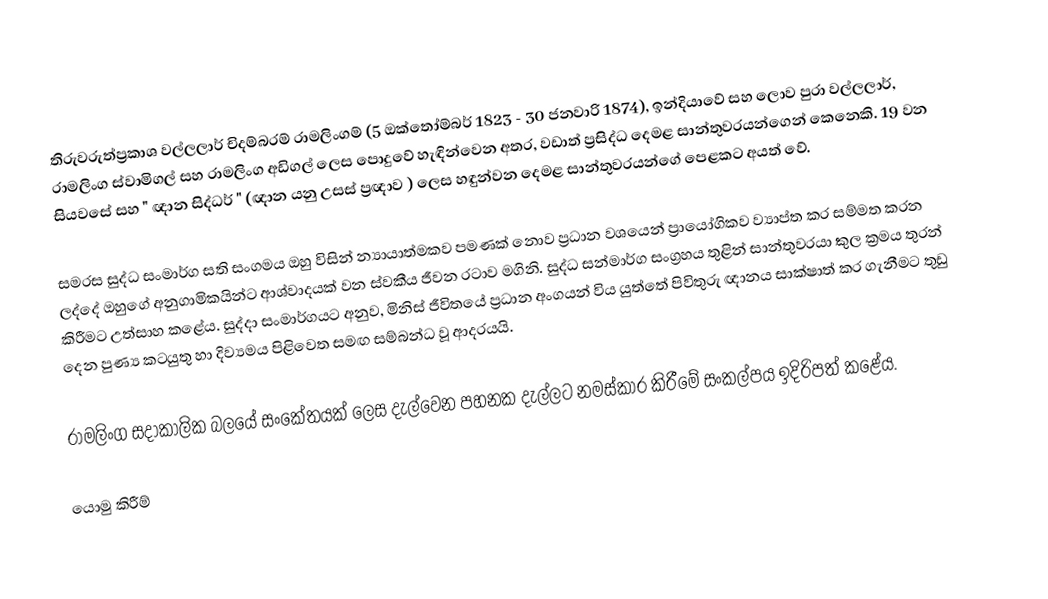
තිරුවරුත්ප්‍රකාශ වල්ලලාර් චිදම්බරම් රාමලිංගම් (5 ඔක්තෝම්බර් 1823 - 30 ජනවාරි 1874), ඉන්දියාවේ සහ ලොව පුරා  වල්ලලාර්, රාමලිංග ස්වාමිගල් සහ රාමලිංග අඩිගල් ලෙස පොදුවේ හැඳින්වෙන අතර, වඩාත් ප්‍රසිද්ධ දෙමළ සාන්තුවරයන්ගෙන් කෙනෙකි. 19 වන සියවසේ  සහ " ඥාන සිද්ධර් " (ඥාන යනු උසස් ප්‍රඥාව ) ලෙස හඳුන්වන දෙමළ සාන්තුවරයන්ගේ පෙළකට අයත් වේ.

සමරස සුද්ධ සංමාර්ග සති සංගමය  ඔහු විසින් න්‍යායාත්මකව පමණක් නොව ප්‍රධාන වශයෙන් ප්‍රායෝගිකව ව්‍යාප්ත කර සම්මත කරන ලද්දේ ඔහුගේ අනුගාමිකයින්ට ආශ්වාදයක් වන ස්වකීය ජීවන රටාව මගිනි. සුද්ධ සන්මාර්ග සංග්‍රහය තුළින් සාන්තුවරයා කුල ක්‍රමය තුරන් කිරීමට උත්සාහ කළේය.  සුද්දා සංමාර්ගයට අනුව, මිනිස් ජීවිතයේ ප්‍රධාන අංගයන් විය යුත්තේ පිවිතුරු ඥානය සාක්ෂාත් කර ගැනීමට තුඩු දෙන පුණ්‍ය කටයුතු හා දිව්‍යමය පිළිවෙත සමඟ සම්බන්ධ වූ ආදරයයි.

රාමලිංග සදාකාලික බලයේ සංකේතයක් ලෙස දැල්වෙන පහනක දැල්ලට නමස්කාර කිරීමේ සංකල්පය ඉදිරිපත් කළේය.

යොමු කිරීම්